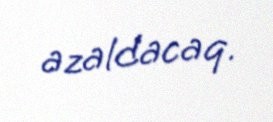
azaldacaq.